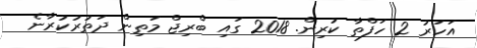
އަހަރު 2 ހަފްތާ ކުރިން. 2018 ގައި ބްރިޖް މަތިން ދަތުރުކުރާނެ